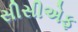
સીસીએફ